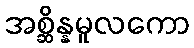
အစ္ဆိန္နမူလကော